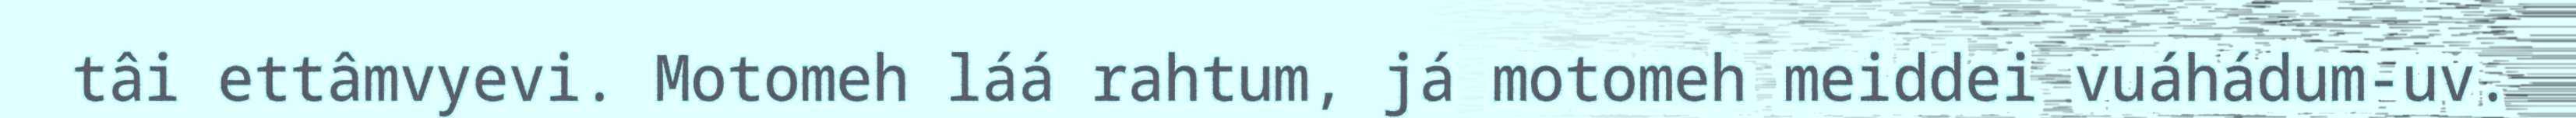
tâi ettâmvyevi. Motomeh láá rahtum, já motomeh meiddei vuáhádum-uv.